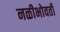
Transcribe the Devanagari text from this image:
नळीभोवती